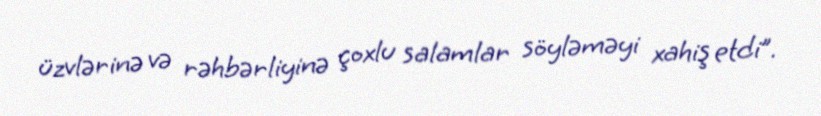
üzvlərinə və rəhbərliyinə çoxlu salamlar söyləməyi xahiş etdi”.